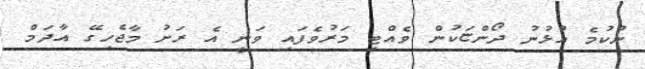
ނުކުމެ އުޅުނު ދޯންޏަކުން ވެއްޓި މަރުވެފައި ވަނީ އެ ރަށު މާޖެހިގޭ އާދަމް